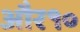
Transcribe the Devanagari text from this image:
और१०